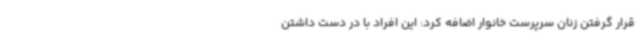
قرار گرفتن زنان سرپرست خانوار اضافه کرد: این افراد با در دست داشتن